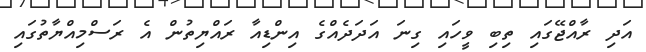
އަދި ރާއްޖޭގައި ތިބި ވީހައި ގިނަ އަދަދެއްގެ އިންޑިއާ ރައްޔިތުން އެ ރަސްމިއްޔާތުގައި